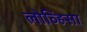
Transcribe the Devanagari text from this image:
लोव्हिसा